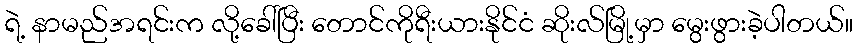
ရဲ့ နာမည်အရင်းက လို့ခေါ်ပြီး တောင်ကိုရီးယားနိုင်ငံ ဆိုးလ်မြို့မှာ မွေးဖွားခဲ့ပါတယ်။